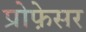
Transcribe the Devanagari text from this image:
प्रोफे़सर